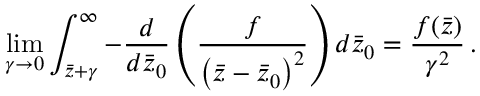
\operatorname* { l i m } _ { \gamma \rightarrow 0 } \int _ { \bar { z } + \gamma } ^ { \infty } - \frac { d } { d \bar { z } _ { 0 } } \left( \frac { f } { \left( \bar { z } - \bar { z } _ { 0 } \right) ^ { 2 } } \right) d \bar { z } _ { 0 } = \frac { f ( \bar { z } ) } { \gamma ^ { 2 } } \, .